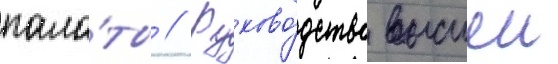
пала́ты // Руково́дство высшеи